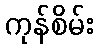
ကုန်စိမ်း